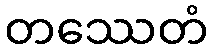
တဿေတံ